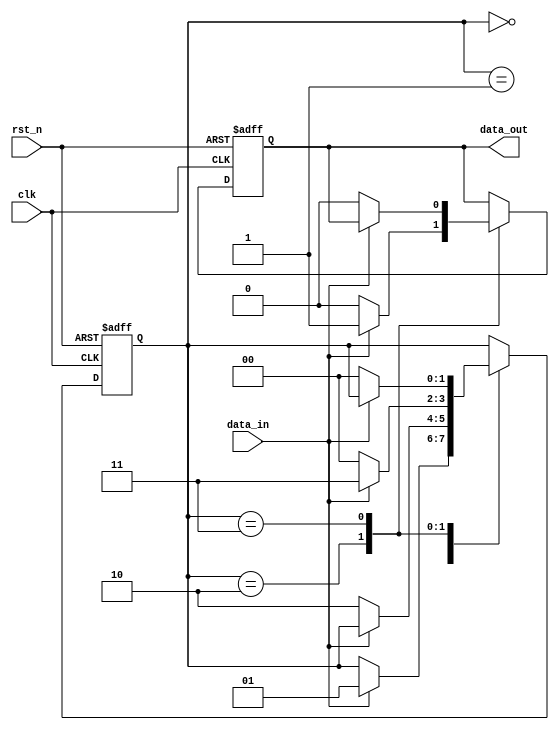
module pulse_detect (
  input wire clk,
  input wire rst_n,
  input wire data_in,
  output wire data_out
);

  reg [1:0] state;
  reg data_out_reg;
  
  always @(posedge clk or negedge rst_n) begin
    if (~rst_n) begin
      // Reset condition
      state <= 2'b00;
      data_out_reg <= 1'b0;
    end
    else begin
      case (state)
        2'b00: begin
          if (data_in) begin
            state <= 2'b01;
          end
        end
        2'b01: begin
          if (~data_in) begin
            state <= 2'b10;
          end
        end
        2'b10: begin
          if (data_in) begin
            state <= 2'b11;
            data_out_reg <= 1'b1;
          end
          else begin
            state <= 2'b00;
            data_out_reg <= 1'b0;
          end
        end
        2'b11: begin
          if (~data_in) begin
            state <= 2'b00;
            data_out_reg <= 1'b0;
          end
        end
      endcase
    end
  end
  
  assign data_out = data_out_reg;

endmodule